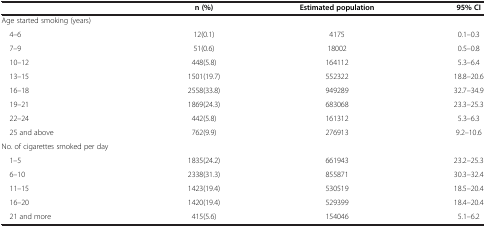
|  | n (%) | Estimated population | 95% CI |
 | --- | --- | --- | --- |
 | Age started smoking (years) |  |  |  |
 | 4–6 | 12(0.1) | 4175 | 0.1–0.3 |
 | 7–9 | 51(0.6) | 18002 | 0.5–0.8 |
 | 10–12 | 448(5.8) | 164112 | 5.3–6.4 |
 | 13–15 | 1501(19.7) | 552322 | 18.8–20.6 |
 | 16–18 | 2558(33.8) | 949289 | 32.7–34.9 |
 | 19–21 | 1869(24.3) | 683068 | 23.3–25.3 |
 | 22–24 | 442(5.8) | 161312 | 5.3–6.3 |
 | 25 and above | 762(9.9) | 276913 | 9.2–10.6 |
 | No. of cigarettes smoked per day |  |  |  |
 | 1–5 | 1835(24.2) | 661943 | 23.2–25.3 |
 | 6–10 | 2338(31.3) | 855871 | 30.3–32.4 |
 | 11–15 | 1423(19.4) | 530519 | 18.5–20.4 |
 | 16–20 | 1420(19.4) | 529399 | 18.4–20.4 |
 | 21 and more | 415(5.6) | 154046 | 5.1–6.2 |